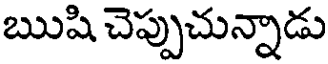
ఋషి చెప్పుచున్నాడు